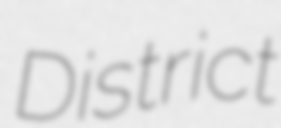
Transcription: District